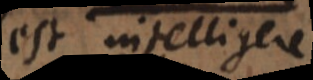
est intelligere